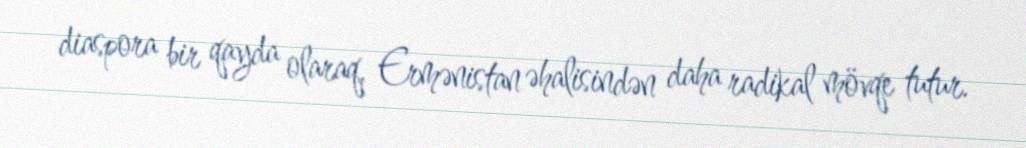
diaspora bir qayda olaraq, Ermənistan əhalisindən daha radikal mövqe tutur.